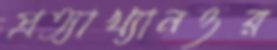
প্রত্যাখ্যানওর